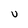
Character: U